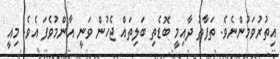
އިތުރުވަމުންނެވެ. ތަފާތު ދާއިމީ ބޮޑެތި ބަލިތައް ޖެހުން ވަނީ އާންމުވެފަ އެވެ. މިއީ